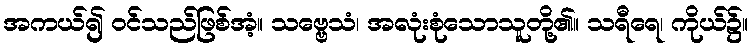
အကယ်၍ ဝင်သည်ဖြစ်အံ့။ သဗ္ဗေသံ၊ အလုံးစုံသောသူတို့၏။ သရီရေ၊ ကိုယ်၌။